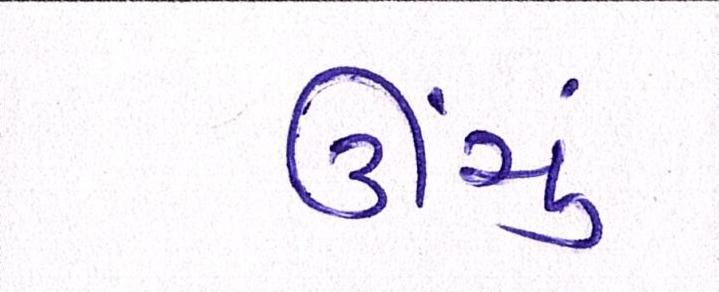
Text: ઊંચું